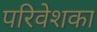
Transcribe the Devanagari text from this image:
परिवेशका